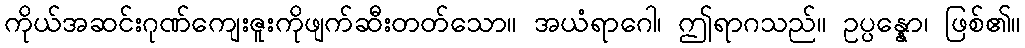
ကိုယ်အဆင်းဂုဏ်ကျေးဇူးကိုဖျက်ဆီးတတ်သော။ အယံရာဂေါ၊ ဤရာဂသည်။ ဥပ္ပန္နော၊ ဖြစ်၏။